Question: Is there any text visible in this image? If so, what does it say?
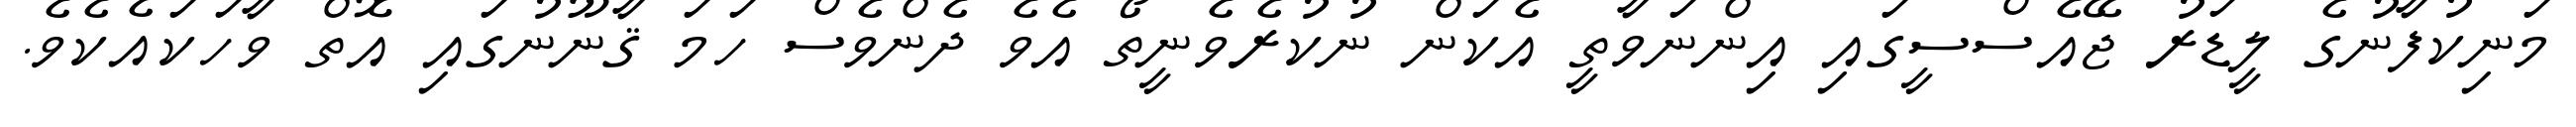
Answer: މަނިކުފާނުގެ ލީޑަރު ޖޭއެސްސީގައި އިންނަވާތީ އެކަން ނުކުރެވެނީތޯ އެވެ ދެންވެސް ހަމަ ޤާނޫނުގައި އޮތް ވާހަކައެކެވެ.